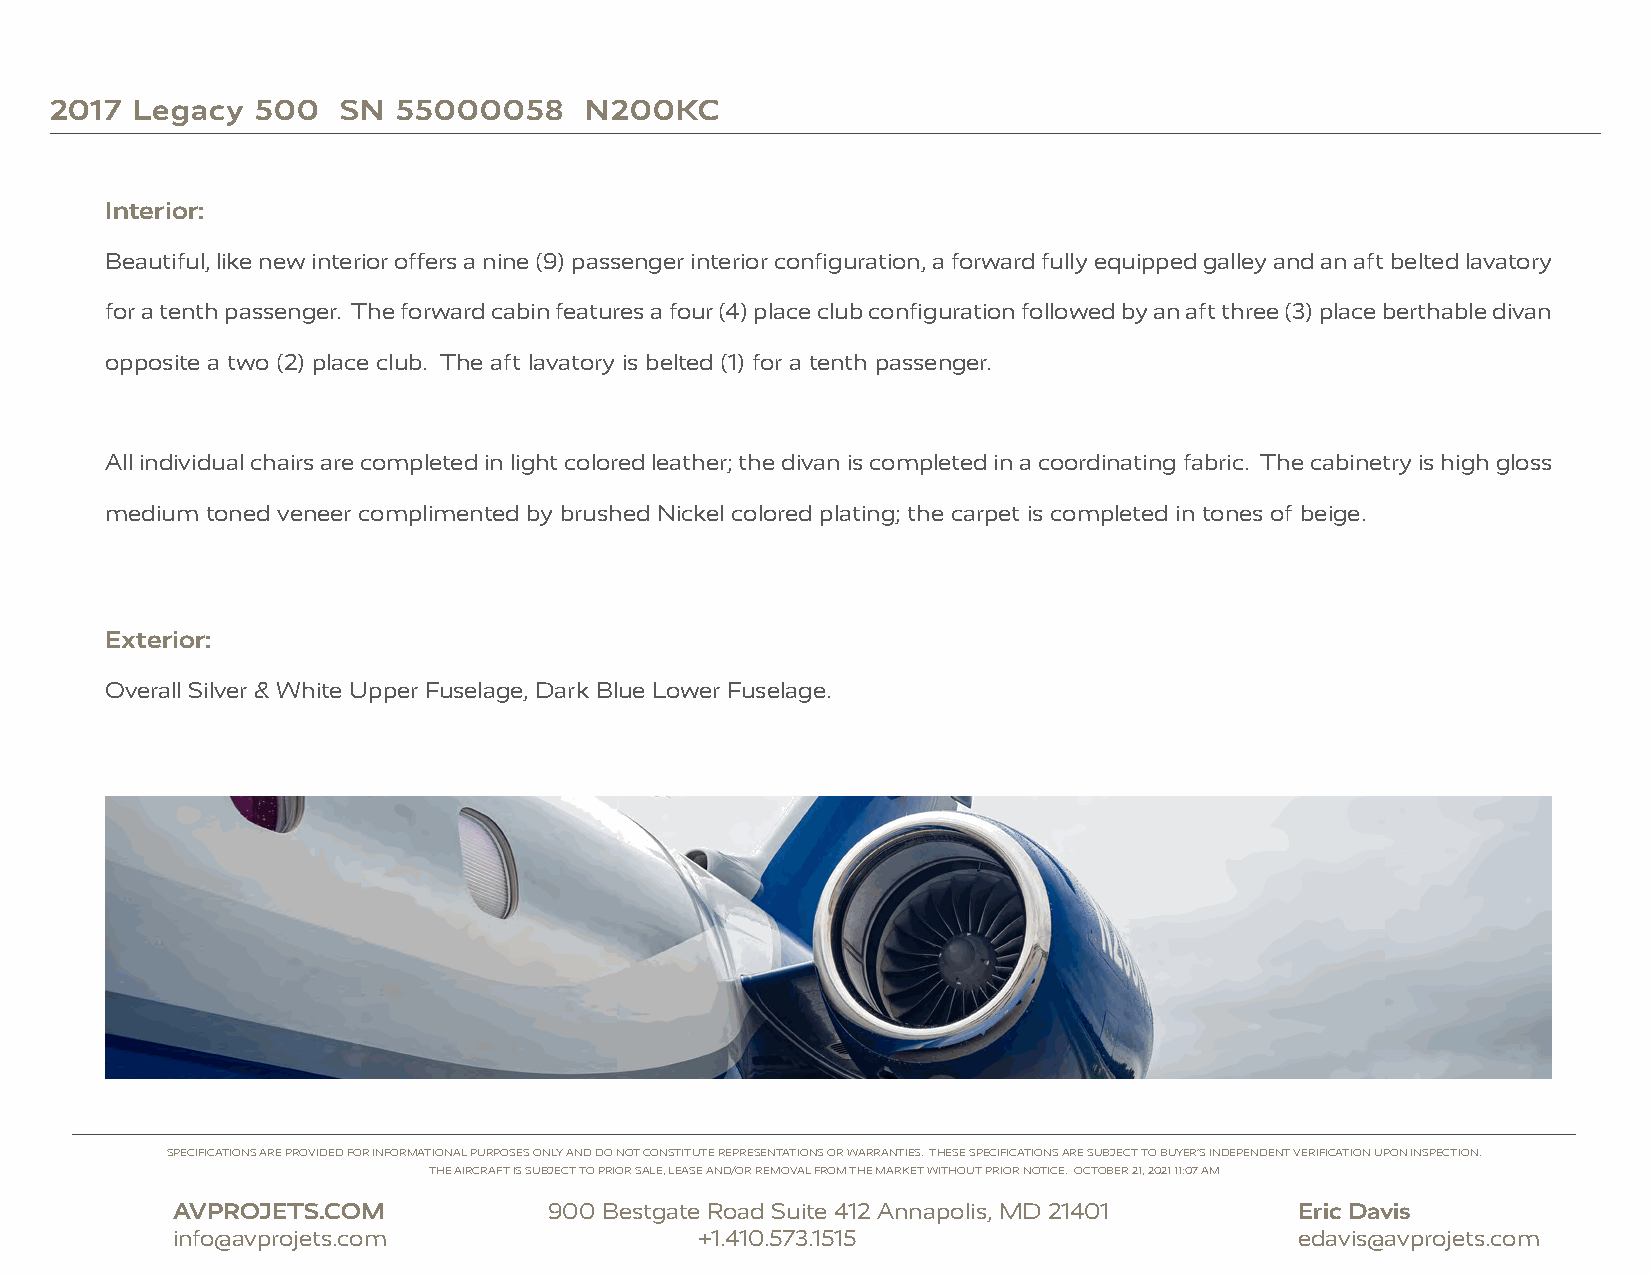
2017  Legacy  500   SN 55000058     N200KC
 Interior:
 Beautiful, like new interior offers a nine (9) passenger interior configuration, a forward fully equipped galley and an aft belted lavatory
 for a tenth passenger. The forward cabin features a four (4) place club configuration followed by an aft three (3) place berthable divan
 opposite a two (2) place club. The aft lavatory is belted (1) for a tenth passenger.
 All individual chairs are completed in light colored leather; the divan is completed in a coordinating fabric. The cabinetry is high gloss
 medium toned veneer complimented by brushed Nickel colored plating; the carpet is completed in tones of beige.
 Exterior:
 Overall Silver & White Upper Fuselage, Dark Blue Lower Fuselage.
 SPECIFICATIONS ARE PROVIDED FOR INFORMATIONAL PURPOSES ONLY AND DO NOT CONSTITUTE REPRESENTATIONS OR WARRANTIES. THESE SPECIFICATIONS ARE SUBJECT TO BUYER’S INDEPENDENT VERIFICATION UPON INSPECTION.
 THE AIRCRAFT IS SUBJECT TO PRIOR SALE, LEASE AND/OR REMOVAL FROM THE MARKET WITHOUT PRIOR NOTICE. OCTOBER 21, 2021 11:07 AM
 AVPROJETS.COM            900 Bestgate Road Suite 412 Annapolis, MD 21401   Eric Davis
 info@avprojets.com                 +1.410.573.1515                         edavis@avprojets.com